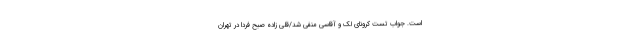
است. جواب تست کرونای لک و آقاسی منفی شد/قلی زاده صبح فردا در تهران